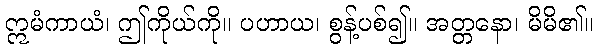
ဣမံကာယံ၊ ဤကိုယ်ကို။ ပဟာယ၊ စွန့်ပစ်၍။ အတ္တနော၊ မိမိ၏။